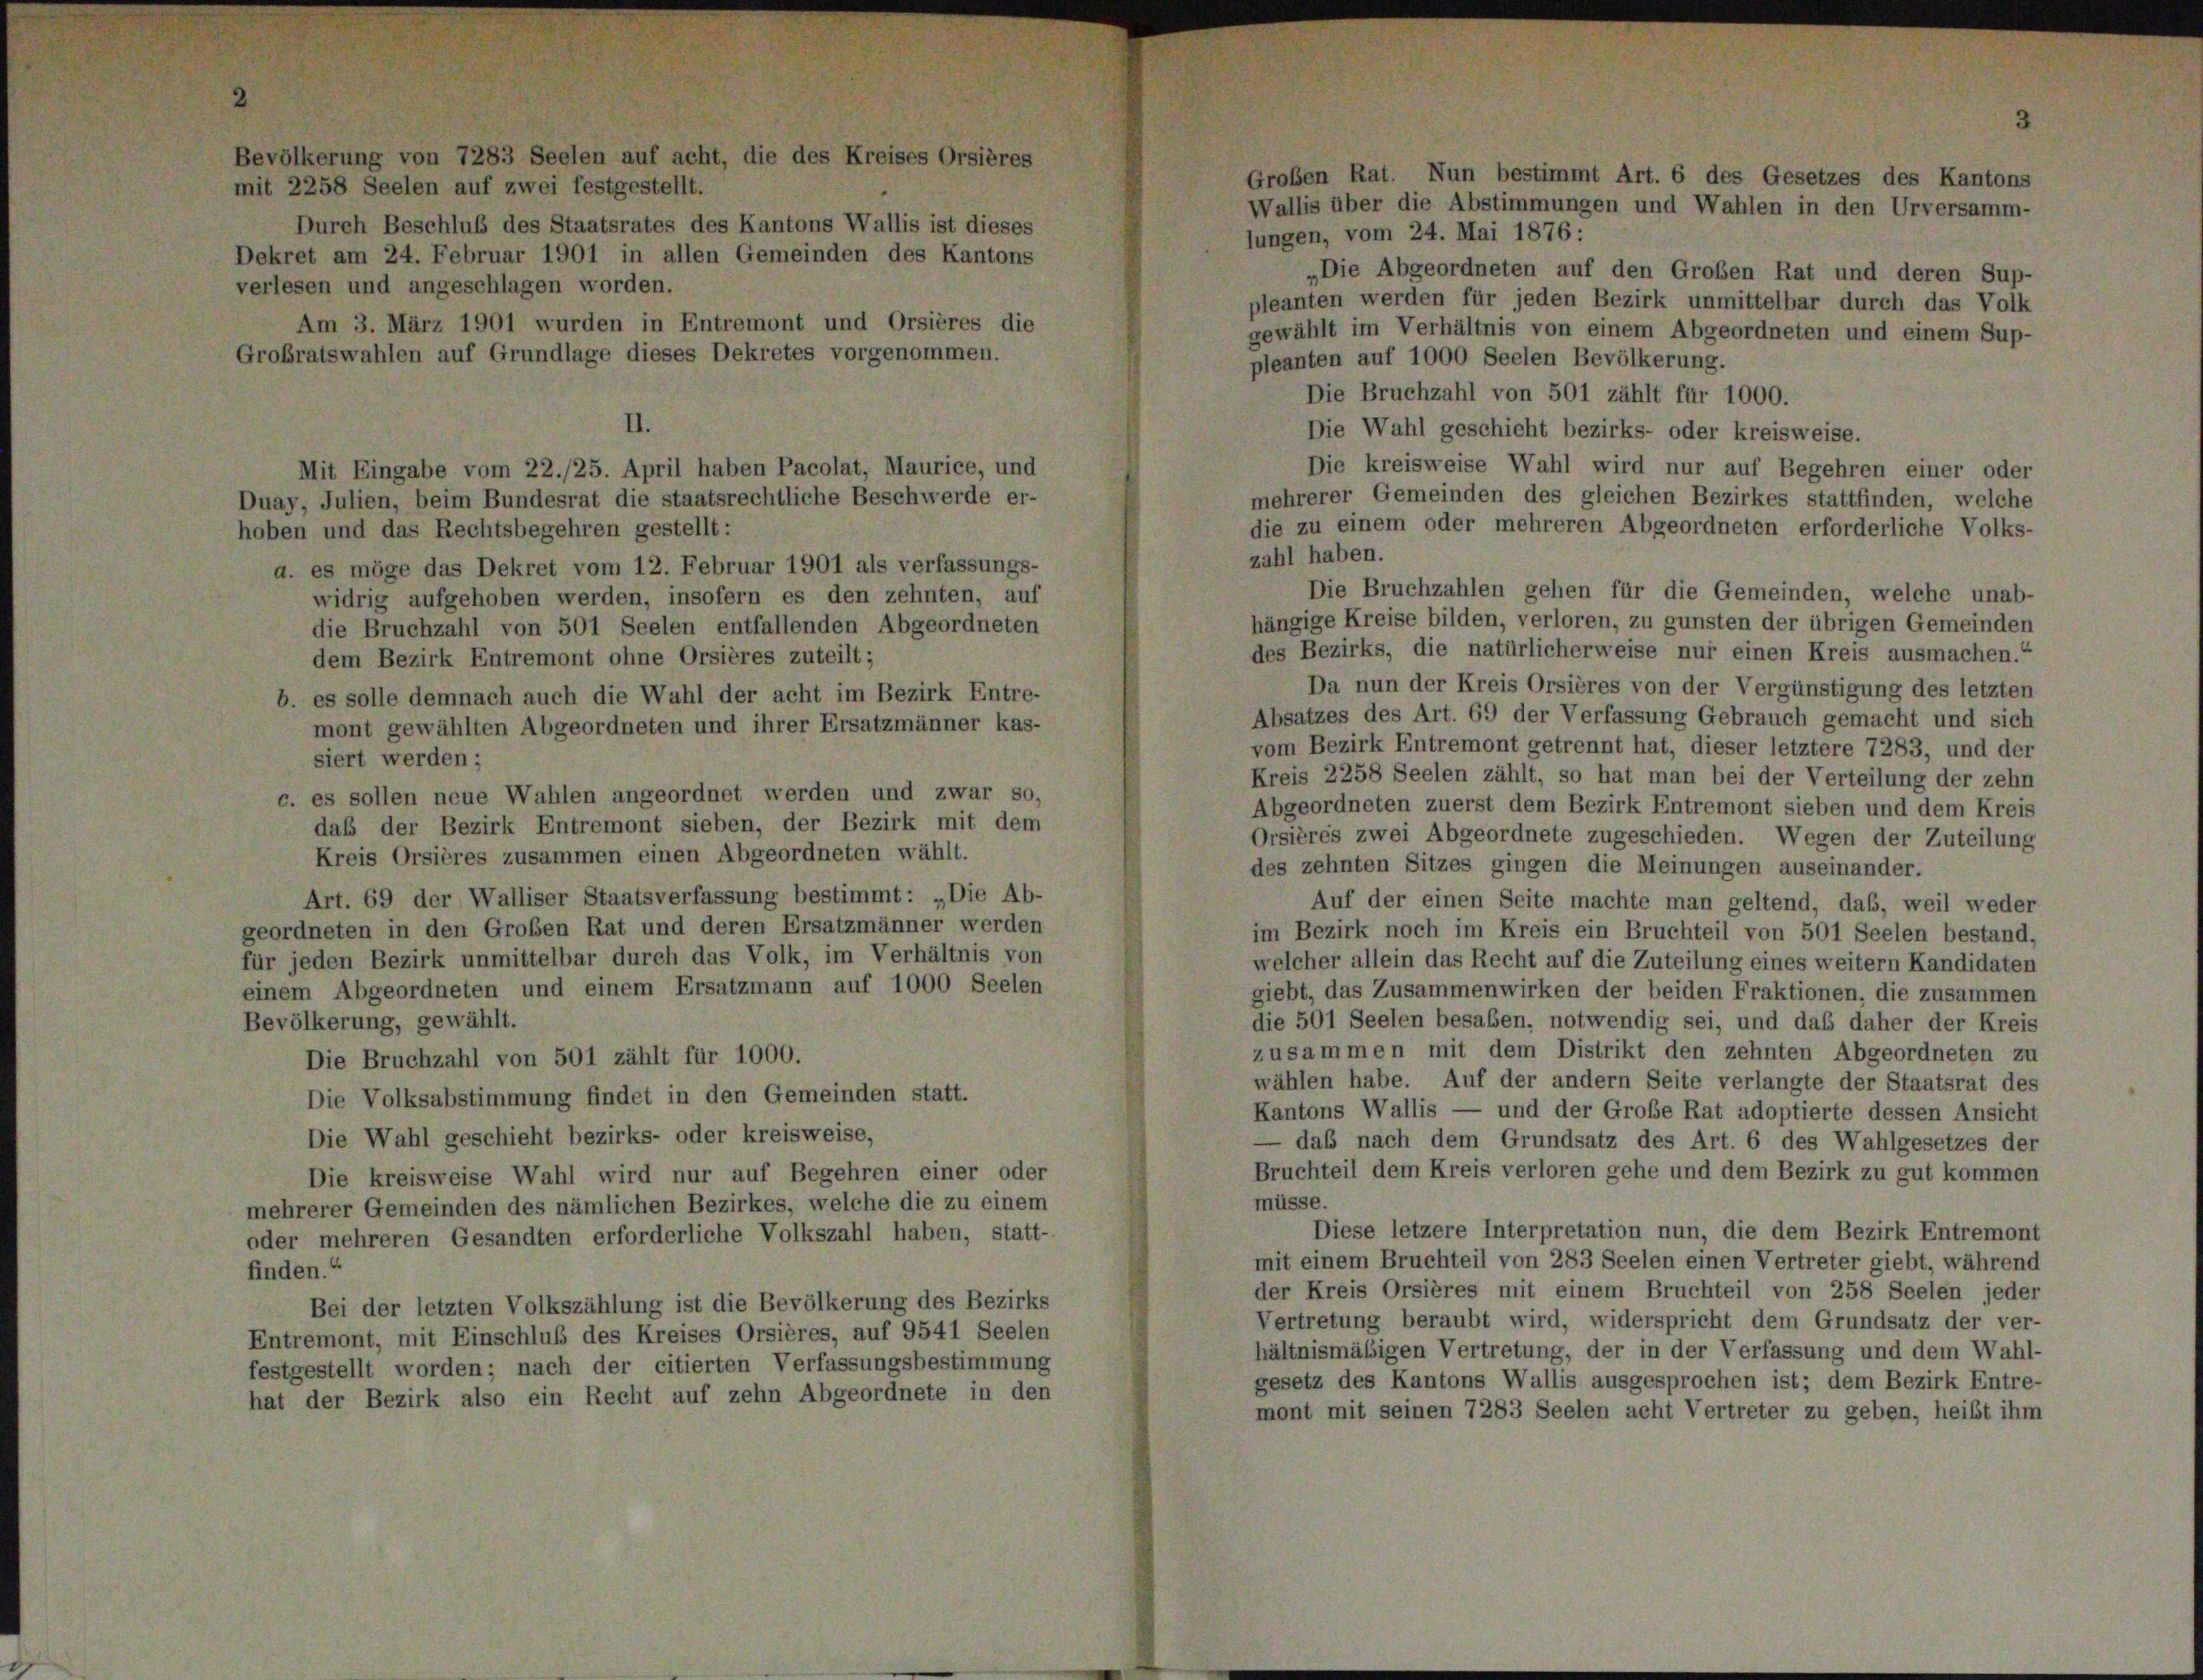
lungen, vom 24. Mai 1876 :
Die Abgeordneten auf den Großen Rat und deren Sup-
pleanten werden für jeden Bezirk unmittelbar durch das Volk
gewählt im Verhältnis von einem Abgeordneten und einem Sup-
pleanten auf 1000 Seelen Bevölkerung.
Die Bruchzahl von 501 zählt für 1000.
II.
Die Wahl geschieht bezirks- oder kreisweise.
Die kreisweise Wahl wird nur auf Begehren einer oder
Mit Eingabe vom 22./25. April haben Pacolat, Maurice, und
mehrerer Gemeinden des gleichen Bezirkes stattfinden, welche
Duay, Julien, beim Bundesrat die staatsrechtliche Beschwerde er-
die zu einem oder mehreren Abgeordneten erforderliche Volks-
hoben und das Rechtsbegehren gestellt:
zahl haben.
a. es möge das Dekret vom 12. Februar 1901 als verfassungs-
Die Bruchzahlen gehen für die Gemeinden, welche unab-
widrig aufgehoben werden, insofern es den zehnten, auf
hängige Kreise bilden, verloren, zu gunsten der übrigen Gemeinden
die Bruchzahl von 501 Seelen entfallenden Abgeordneten
des Bezirks, die natürlicherweise nur einen Kreis ausmachen.“
dem Bezirk Entremont ohne Orsières zuteilt;
Da nun der Kreis Orsières von der Vergünstigung des letzten
b. es solle demnach auch die Wahl der acht im Bezirk Entre-
Absatzes des Art. 69 der Verfassung Gebrauch gemacht und sich
mont gewählten Abgeordneten und ihrer Ersatzmänner kas-
vom Bezirk Entremont getrennt hat, dieser letztere 7283, und der
siert werden;
Kreis 2258 Seelen zählt, so hat man bei der Verteilung der zehn
c. es sollen neue Wahlen angeordnet werden und zwar so,
Abgeordneten zuerst dem Bezirk Entremont sieben und dem Kreis
das der Bezirk Entremont sieben, der Bezirk mit dem
Orsières zwei Abgeordnete zugeschieden. Wegen der Zuteilung
Kreis Orsières zusammen einen Abgeordneten wählt.
des zehnten Sitzes gingen die Meinungen auseinander.
Art. 69 der Walliser Staatsverfassung bestimmt: „Die Ab-
Auf der einen Seite machte man geltend, daß, weil weder
geordneten in den Großen Rat und deren Ersatzmänner werden
im Bezirk noch im Kreis ein Bruchteil von 501 Seelen bestand,
für jeden Bezirk unmittelbar durch das Volk, im Verhältnis von
welcher allein das Recht auf die Zuteilung eines weitern Kandidaten
einem Abgeordneten und einem Ersatzmann auf 1000 Seelen
giebt, das Zusammenwirken der beiden Fraktionen, die zusammen
Bevölkerung, gewählt.
die 501 Seelen besaben, notwendig sei, und das daher der Kreis
zusammen mit dem Distrikt den zehnten Abgeordneten zu
Die Bruchzahl von 501 zählt für 1000.
wählen habe. Auf der andern Seite verlangte der Staatsrat des
Die Volksabstimmung findet in den Gemeinden statt.
Kantons Wallis — und der Große Rat adoptierte dessen Ansicht
Die Wahl geschieht bezirks- oder kreisweise,
— daß nach dem Grundsatz des Art. 6 des Wahlgesetzes der
Bruchteil dem Kreis verloren gehe und dem Bezirk zu gut kommen
Die kreisweise Wahl wird nur auf Begehren einer oder
müsse.
mehrerer Gemeinden des nämlichen Bezirkes, welche die zu einem
Diese letzere Interpretation nun, die dem Bezirk Entremont
oder mehreren Gesandten erforderliche Volkszahl haben, statt-
mit einem Bruchteil von 283 Seelen einen Vertreter giebt, während
finden.“
der Kreis Orsières mit einem Bruchteil von 258 Seelen jeder
Bei der letzten Volkszählung ist die Bevölkerung des Bezirks
Vertretung beraubt wird, widerspricht dem Grundsatz der ver-
Entremont, mit Einschluß des Kreises Orsières, auf 9541 Seelen
hältnismäßigen Vertretung, der in der Verfassung und dem Wahl-
festgestellt worden; nach der citierten Verfassungsbestimmung
gesetz des Kantons Wallis ausgesprochen ist; dem Bezirk Entre-
hat der Bezirk also ein Recht auf zehn Abgeordnete in den
mont mit seinen 7283 Seelen acht Vertreter zu geben, heißt ihm

mit 2258 Seelen auf zwei festgestellt.
Durch Beschluß des Staatsrates des Kantons Wallis ist dieses
Dekret am 24. Februar 1901 in allen Gemeinden des Kantons
erlesen und angeschlagen worden.
Am 3. März 1901 wurden in Entremont und Orsières die
Grobratswahlen auf Grundlage dieses Dekretes vorgenommen.

g von 7283 Seelen auf acht, die des

oben Rat. Nun bestimmt Art. 6 des Gesetzes des Kantons
Wallis über die Abstimmungen und Wahlen in den Urversamm-